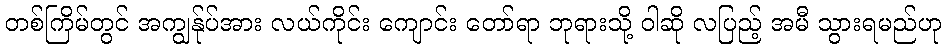
တစ်ကြိမ်တွင် အကျွန်ုပ်အား လယ်ကိုင်း ကျောင်း တော်ရာ ဘုရားသို့ ဝါဆို လပြည့် အမီ သွားရမည်ဟု